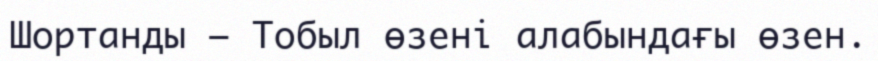
Шортанды – Тобыл өзені алабындағы өзен.